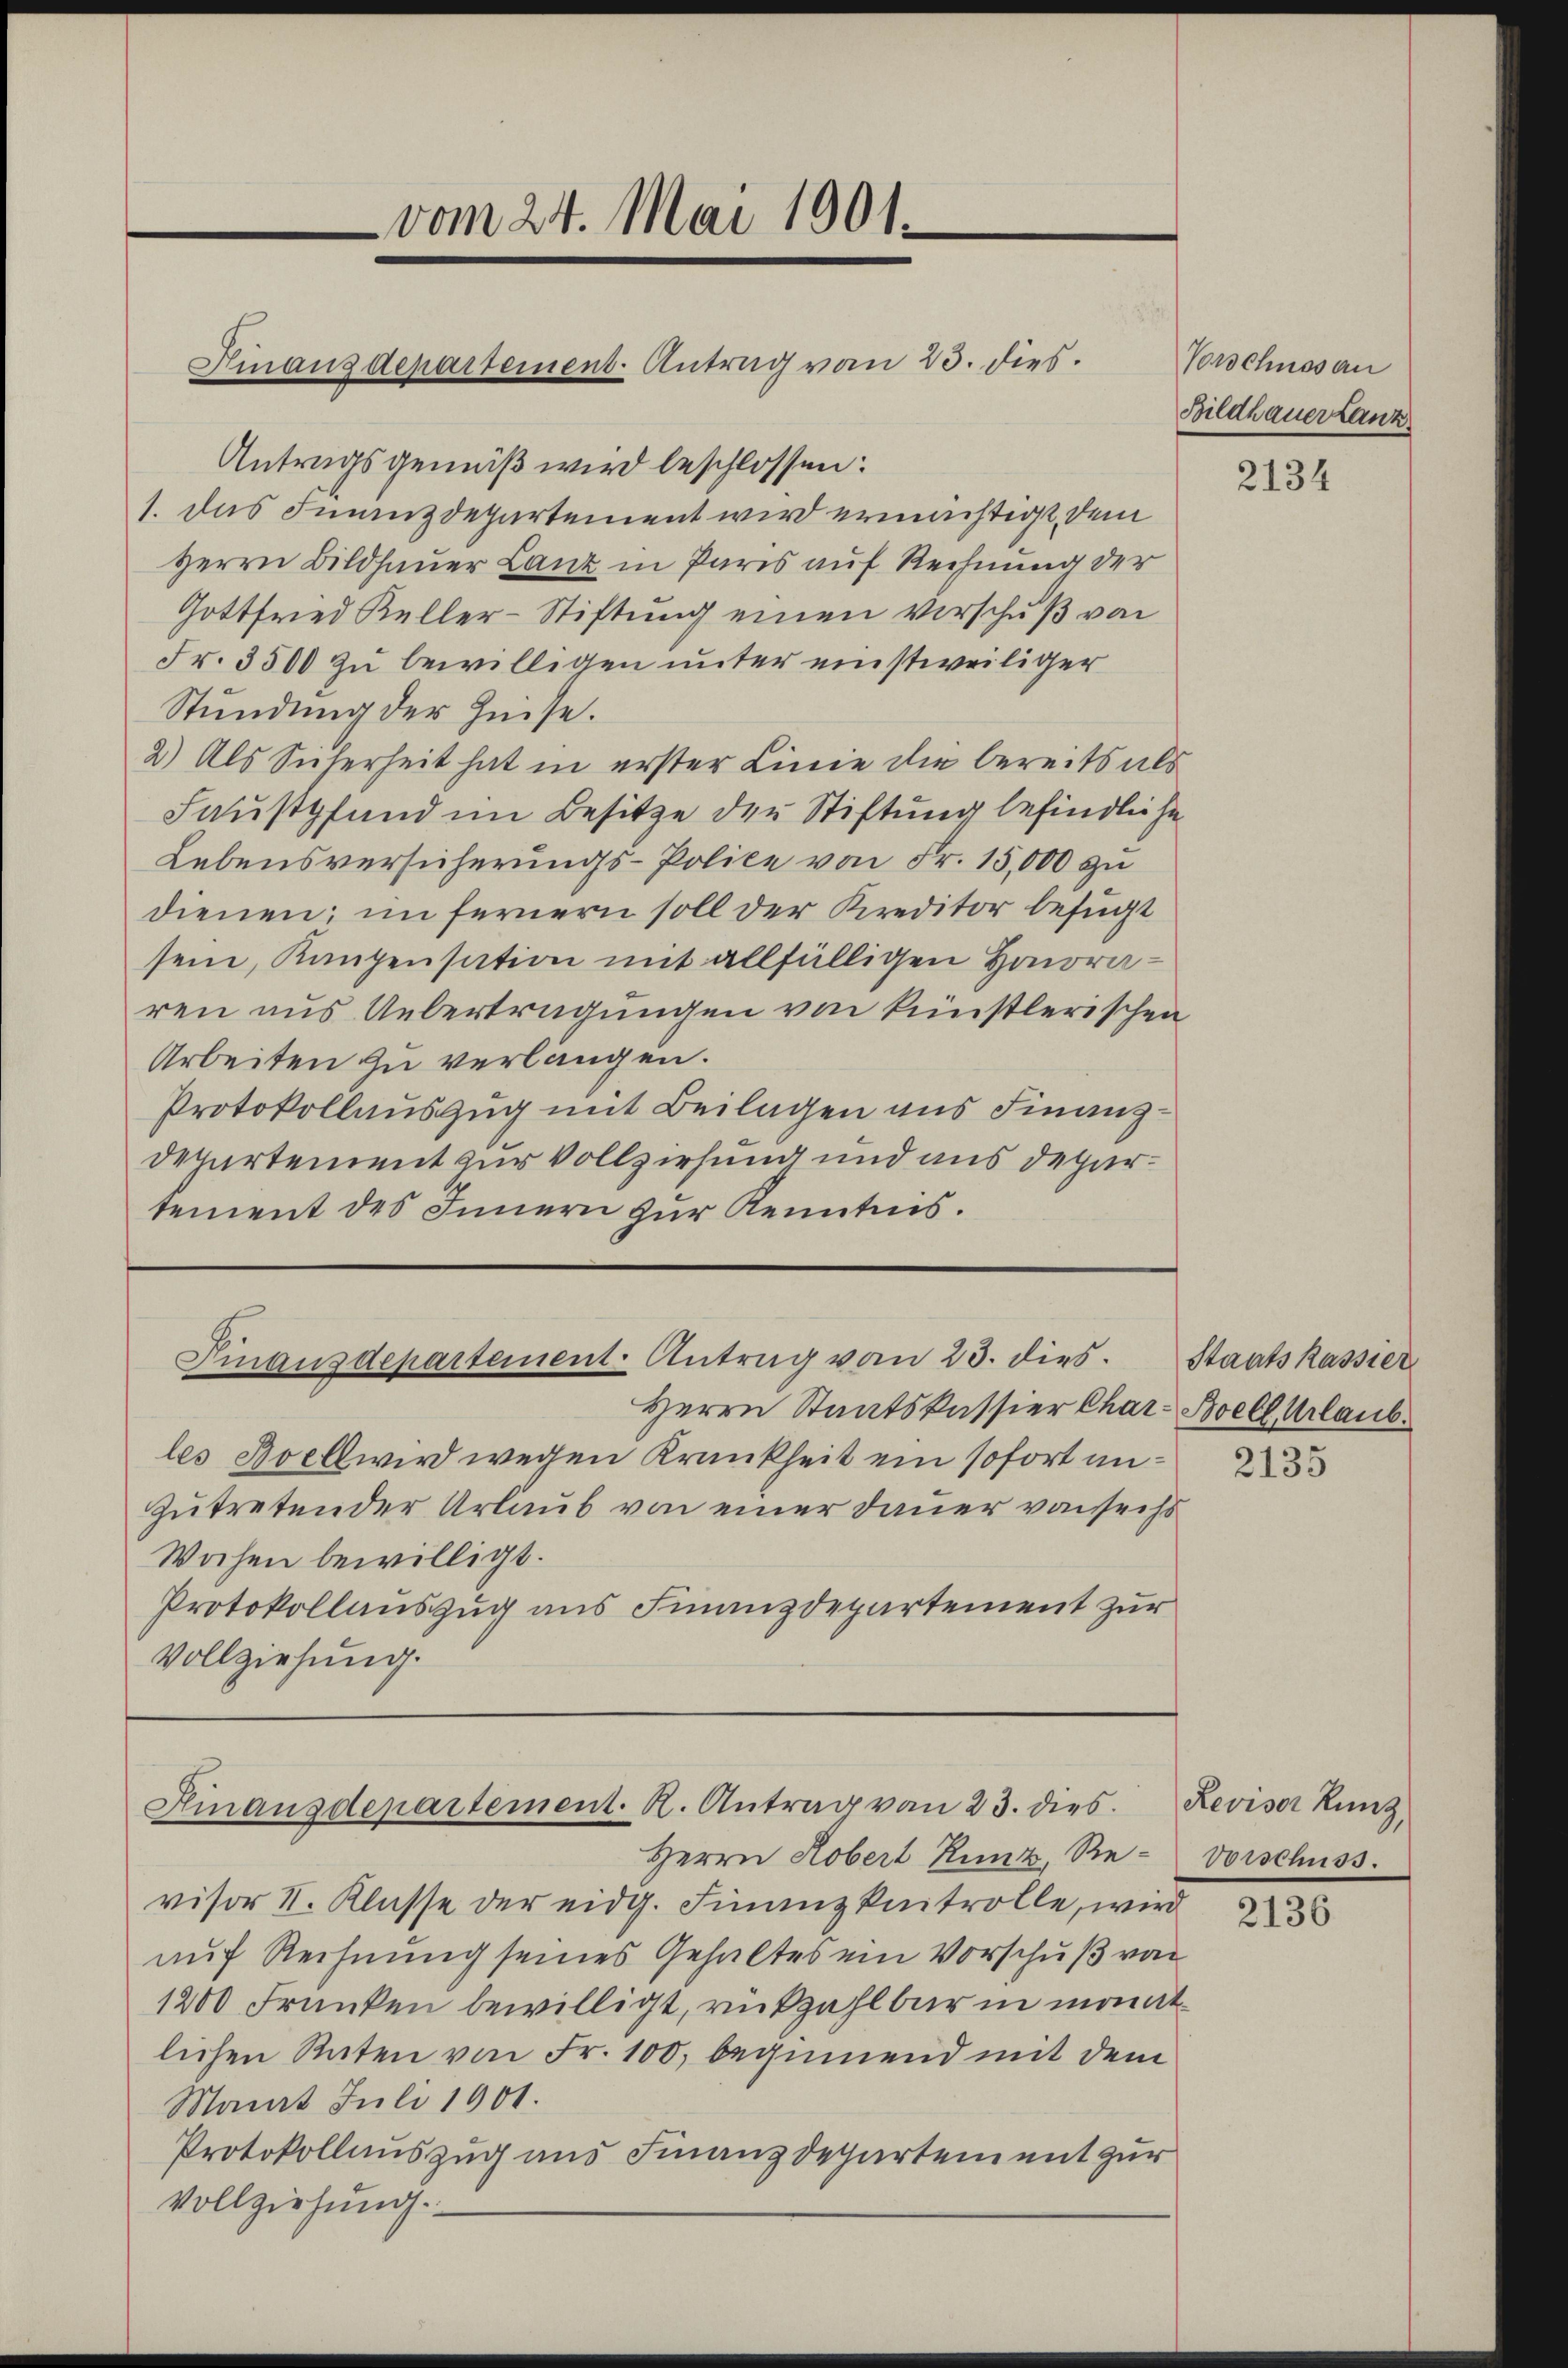
vom 24. Mai 1901.

Antragsgemäß wird beschlossen:
1. das Finanzdepartement wird ermächtigt, dem
Herrn Bildhauer Lanz in Paris auf Rechnung der
Gottfried Keller-Stiftung einen verschuß von
Fr. 3500 zu bewilligen unter einstweiliger
Stundung der Zeise.
2) Als Sicherheit hat in erster Linie die bereits als
Saustpfand im Besitze der Stiftung befindliche
Lebensversicherungs-Police von Fr. 15,000 zu
dienen; im fernern soll der Kreditor befugt
sein, Kanzensation mit allfälligen Honoraren aus Uebertragungen von künstlerischen
Arbeiten zu verlangen.
Protokollauszug mit Beilagen aus Finanz¬
Departement zur Vollziehung und aus departement des Innern zur Kenntnis.

Hinanzdepartement. Antrag von 23. dies.

Finausdepartement. Antrag vom 23. dies.

Herrn Staatskassier Char-Bell Urlaub.
les Bell wird wegen Krankheit ein sofort an
zutretender Urlaub von einer Dauer von sechs
Wochen bewilligt.
Protokollauszug ans Finanzdepartement zur
Vollziehung.

Hinanzdepartement. A. Antrag von 23. dies

Vorschuss au
Bildhauer Lanz

Herrn Robert Kunz, Revisor II. Klasse der eidg. Finanzknitrolle, wird
auf Rechnung seines Gehaltes ein Vorschuß von
1200 Franken bewilligt, rückzahlbar in monatlichen Raten von Fr. 100, beginnend mit dem
Mamit Juli 1901.
Protokollauszug und Finanzdeparten mit zur
Vollziehung.

.

2134

Staatskassier

Revisor Runz
Vorschuss.

2136